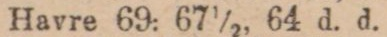
Havre 69: 67½ 64 d. d.